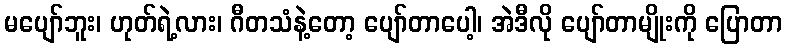
မပျော်ဘူး၊ ဟုတ်ရဲ့လား၊ ဂီတသံနဲ့တော့ ပျော်တာပေါ့၊ အဲဒီလို ပျော်တာမျိုးကို ပြောတာ